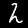
Digit: 2